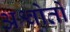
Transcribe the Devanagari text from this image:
अश्वोतों